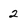
Character: 2